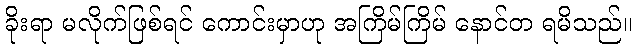
ခိုးရာ မလိုက်ဖြစ်ရင် ကောင်းမှာဟု အကြိမ်ကြိမ် နောင်တ ရမိသည်။